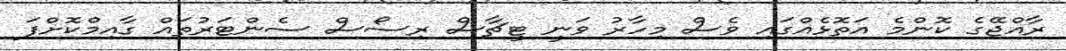
ރާއްޖޭގެ ކޮންމެ އަތޮޅެއްގައި ވެސް މިހާރު ވަނީ ޓީޗާސް ރިސޯސް ސެންޓަރުތައް ގާއިމްކޮށްފަ